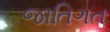
જાતિગત